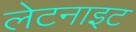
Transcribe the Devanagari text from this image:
लेटनाइट